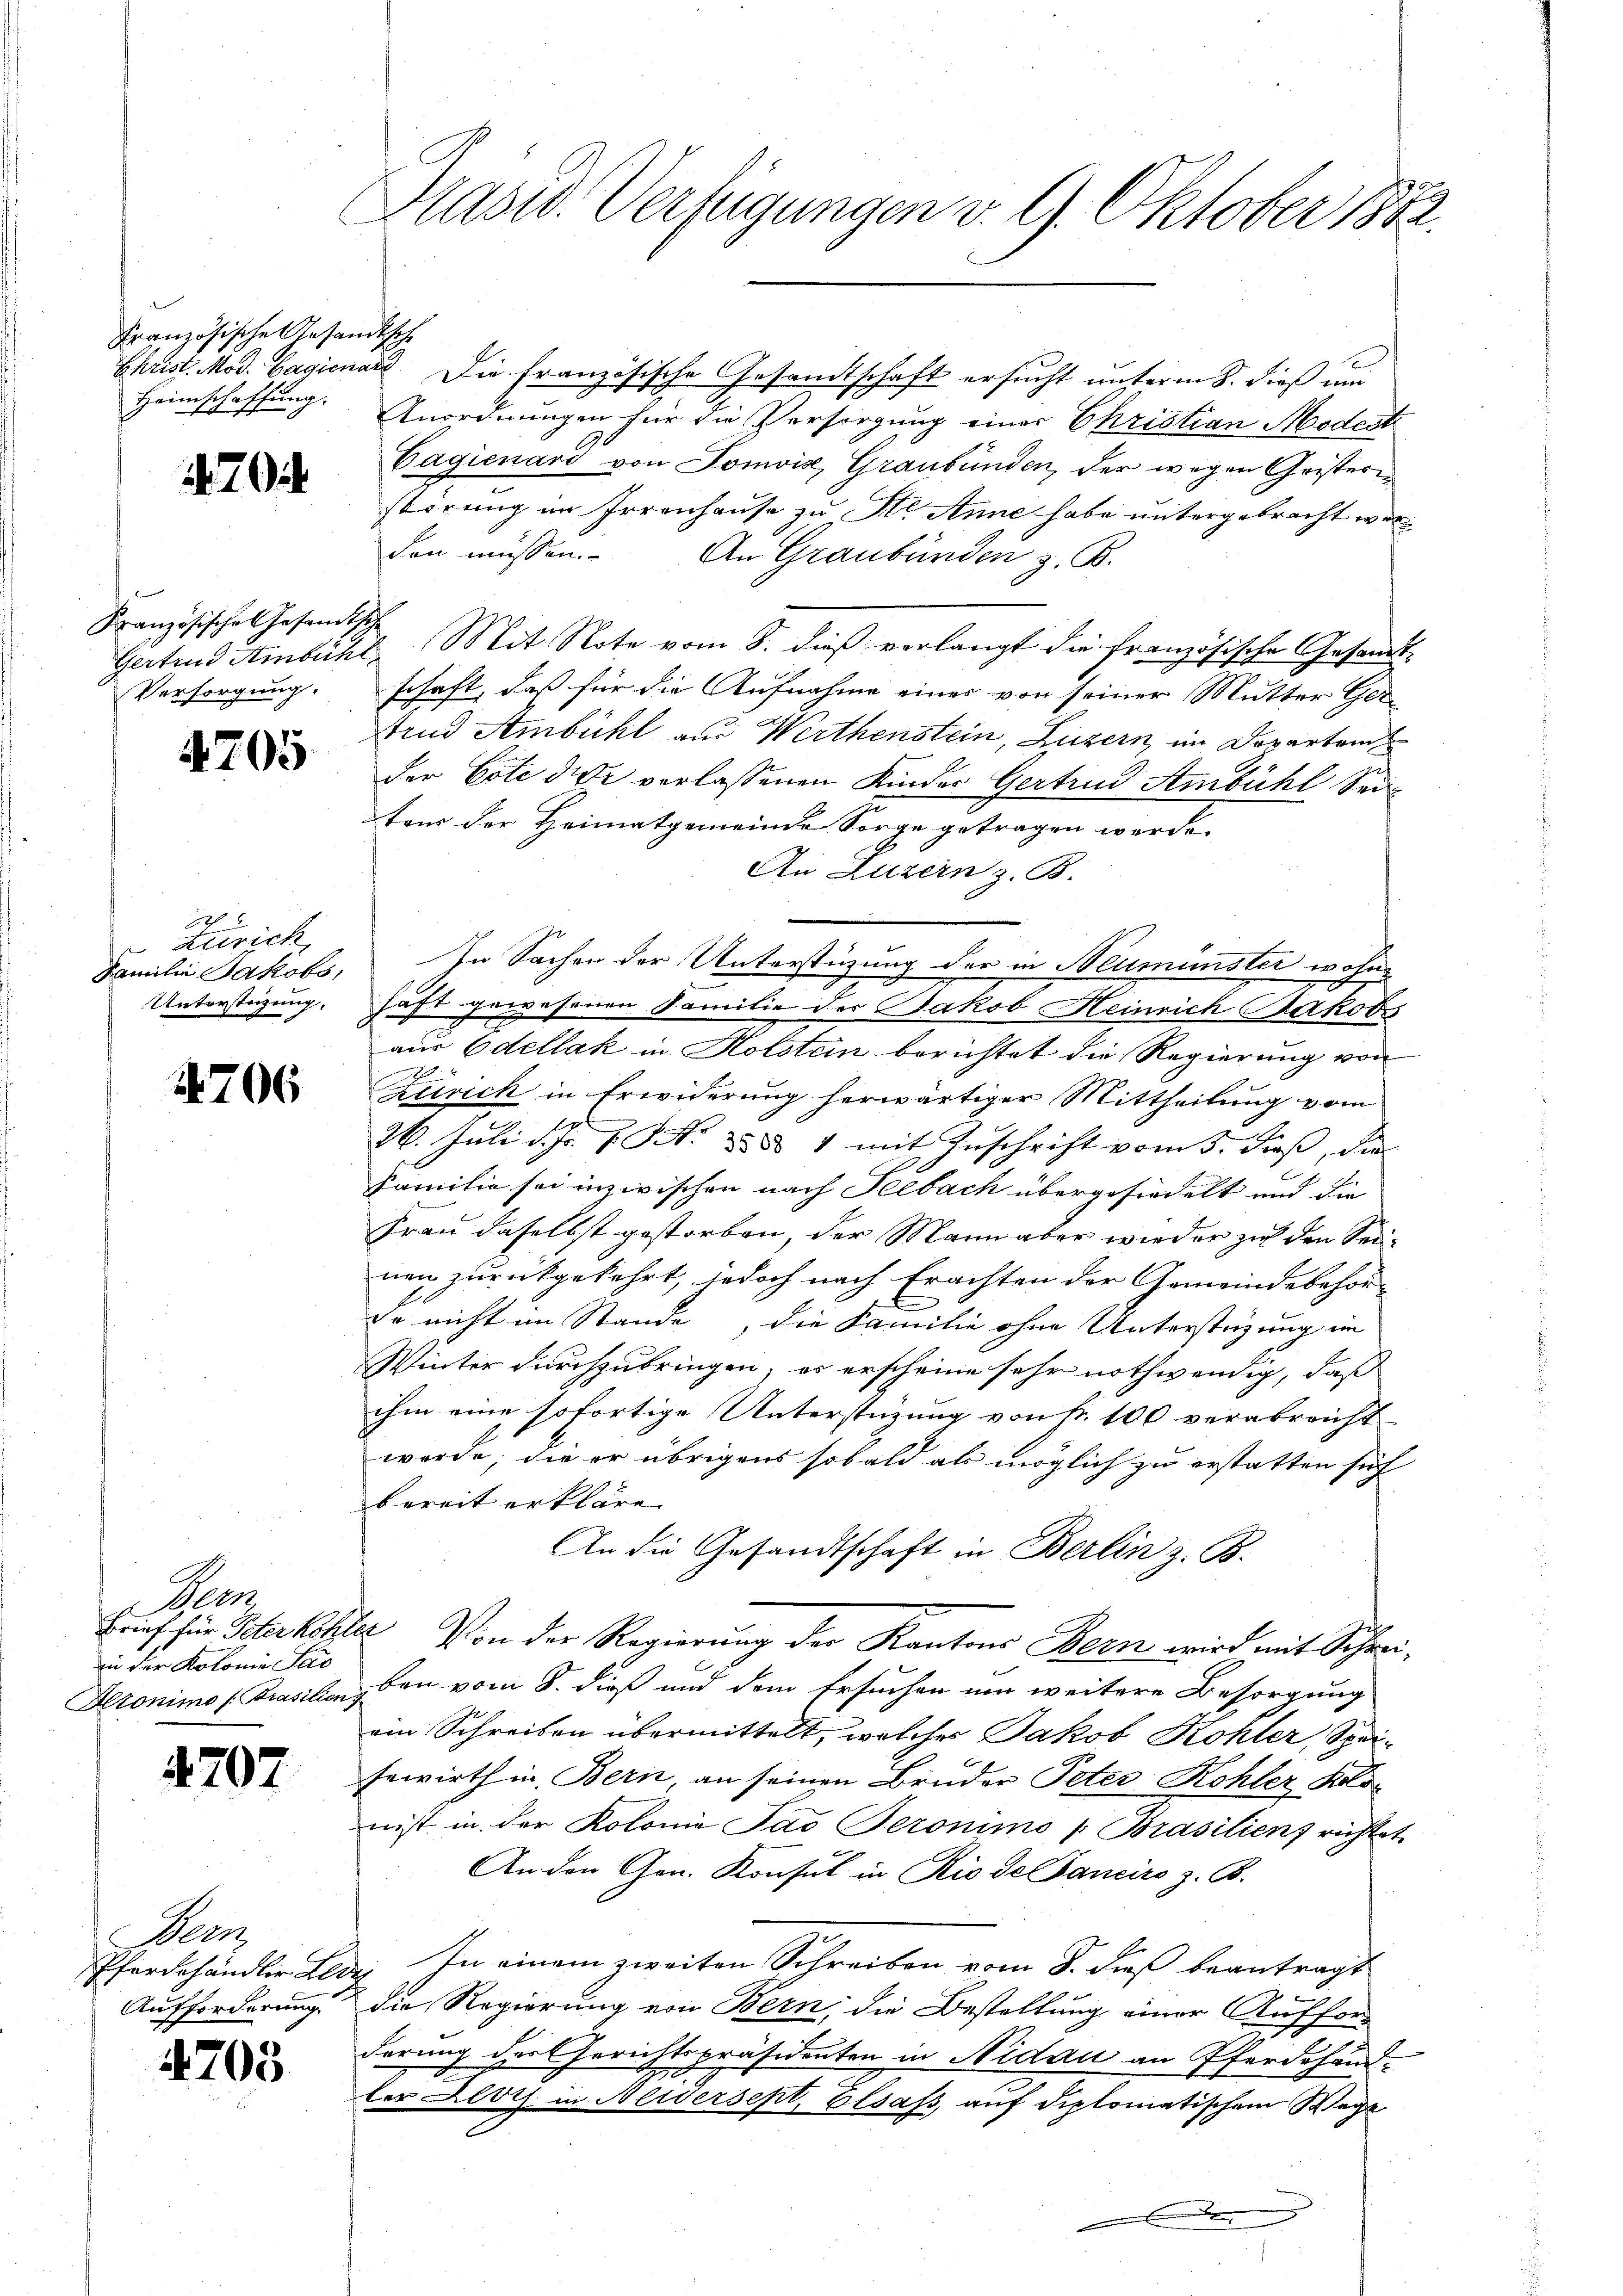
Französische Gesandtsche
Heimschaffung.

70

Französische Gesandtsche
Versorgung.

4205

Zürich
Familie Jakobs,
Untersteigung.

4706

Penn
Brief für Peter hohe
in der Kolonie Par
Atonimo [Prasilien

4707

een
Pferdehändler Lei
Aufforderung.

4705

Hasw. Verfügungen v. 9. Oktober 1882.

Christ. Mod. Bagionars Die französische Gesandtschaft ersucht unterm 8. dieß um
Anordnungen für die Versorgung einer Christian Modest
Cagienard von Tomvis, Graubünden, der wegen Geisterstörung im Irrenhause zu St. Anne habe untergebracht werden müssen. An Graubünden z. B.
Gertrud Ambühl, Mit Note vom 8. dieß verlangt die französische Gesandtschaft, daß für die Aufnahme eines von seiner Mutter Gertend Ambühl aus Werthenstein, Luzern im Doparten
der Cote die verlassenen Kinder Gertrud Ambühl Seitens der Heimatgemeinde Sorge getragen werde.
An Luzern z. B.
In Sachen der Unterstüzung der in Neumünster wohne
haft gewesenen Familie des Jakob Heinrich Jakobs
aus Edellak in Holsten berichtet die Regierung von
Zürich in Erwiderung herwärtiger Mittheilung vom
26. Juli d. Js. 1. No. 285 1 mit Zuschrift vom 5. dieß, die
Familie sei inzwischen nach Seebach übergesiedelt und die
Frau daselbst gestorben, der Mann aber wieder zu den Seinen zurückgekehrt, jedoch nach Erachten der Gemeindebehör-
E
de nicht im Stande, die Familie ohne Unterstüzung im
Winter durchzubringen, es erscheine sehr nothwendig, daß
ihm eine sofortige Unterstüzung von Fr. 100 verabreicht
werde; die er übrigens sobald als möglich zu erstatten sich
bereit erkläre. |
An die Gesandtschaft in Berlin z. B.
22. Von der Regierung der Kantons Bern wird mit Schreiben vom 8. dieß und dem Ersuchen um weitere Besorgung
ein Schreiben übermittelt, welches Jakob Kohler, Speisewirth in Bern, an seinen Bruder Peter Kohler Kolon ist in der Kolonia Jas Seronimo "Brasilienz richtet
An den Hrn. Konsul in Rio de Sanciro z. B.
: In einem zweiten Schreiben vom 8. dieß beantragt
die Regierung von Bern, die Bestellung einer Aufforderung der Gerichtspräsidenten in Nidau an Pferdehand-
ler Klots. in Newersept, Elsass, auf diplomatischem Wege
.